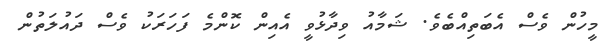
މީހުން ވެސް އެބަތިއްބެވެ. ޝަމާއު ވިދާޅުވީ އެއިން ކޮންމެ ފަހަރަކު ވެސް ދައުލަތުން